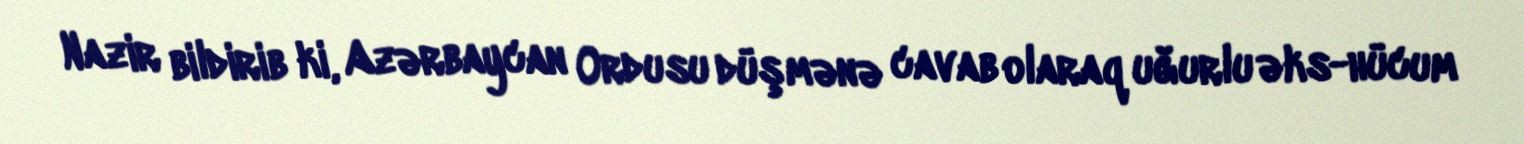
Nazir bildirib ki, Azərbaycan Ordusu düşmənə cavab olaraq uğurlu əks-hücum